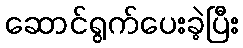
ဆောင်ရွက်ပေးခဲ့ပြီး